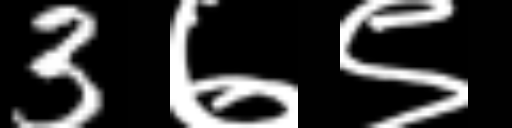
Text: 3७९